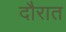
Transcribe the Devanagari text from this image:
दौरात